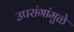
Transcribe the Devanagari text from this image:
उपरांगांमुळे